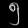
Digit: ၅